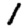
Digit: 1